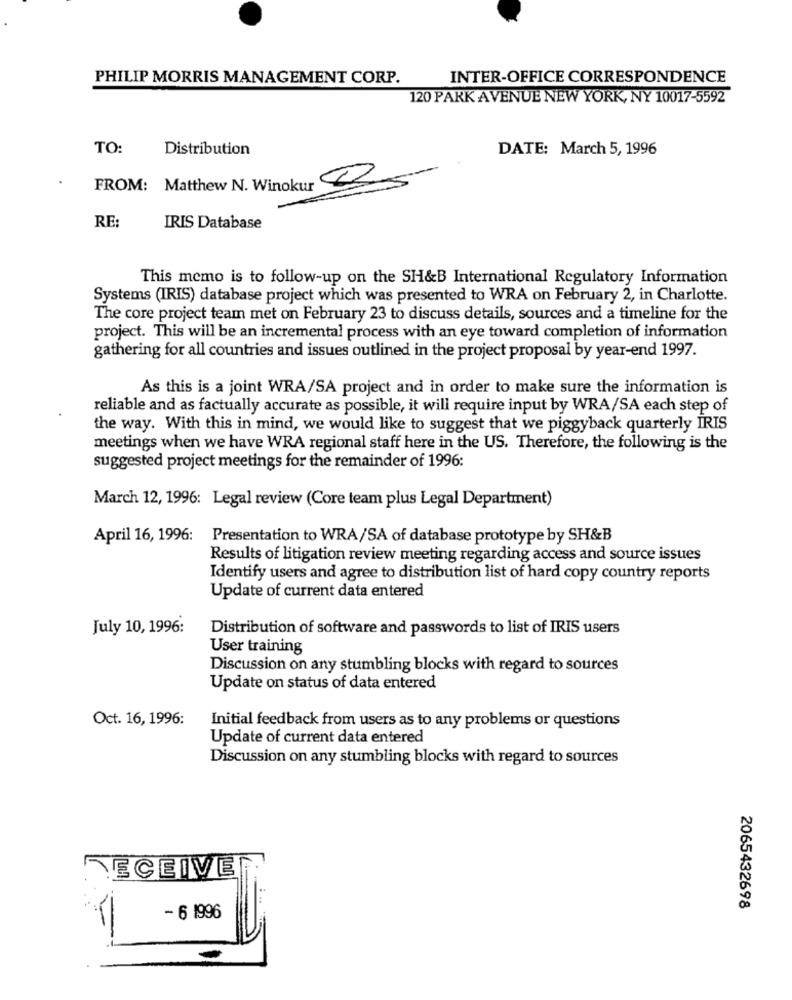
PHILIP MORRIS MANAGEMENT CORP.
INTER-OFFICE CORRESPONDENCE
120 PARK AVENUE NEW YORK, NY 10017-5592
TO:
Distribution
DATE: March 5, 1996
thew N. Winokur Z
RE:
IRIS Database
This memo is to follow-up on the SH&B International Regulatory Information
Systems (IRIS) database project which was presented to WRA on February 2, in Charlotte.
The core project team met on February 23 to discuss details, sources and a timeline for the
project. This will be an incremental process with an eye toward completion of information
gathering for all countries and issues outlined in the project proposal by year-end 1997.
As this is a joint WRA/SA project and in order to make sure the information is
reliable and as factually accurate as possible, it will require input by WRA/SA each step of
the way. With this in mind, we would like to suggest that we piggyback quarterly IRIS
meetings when we have WRA regional staff here in the US. Therefore, the following is the
suggested project meetings for the remainder of 1996:
March 12, 1996: Legal review (Core team plus Legal Department)
April 16, 1996:
Presentation to WRA/SA of database prototype by SH&B
Results of litigation review meeting regarding access and source issues
Identify users and agree to distribution list of hard copy country reports
Update of current data entered
July 10, 1996:
Distribution of software and passwords to list of IRIS users
User training
Discussion on any stumbling blocks with regard to sources
Update on status of data entered
Oct. 16, 1996:
Initial feedback from users as to any problems or questions
Update of current data entered
Discussion on any stumbling blocks with regard to sources
RECEIVE
2065432698
- 6 1996